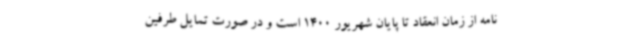
نامه از زمان انعقاد تا پایان شهریور 1400 است و در صورت تمایل طرفین